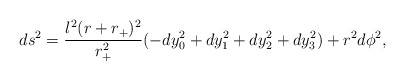
\begin{align*} ds^2=\frac{l^2(r+r_+)^2}{r_+^2}(-dy_0^2+dy_1^2+dy_2^2+dy_3^2) +r^2 d\phi^2,\end{align*}